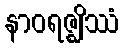
နာဝရဇ္ဈိဿံ